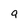
Character: q